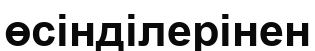
өсінділерінен